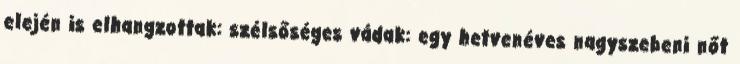
elején is elhangzottak: szélsőséges vádak: egy hetvenéves nagyszebeni nőt